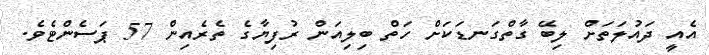
އެއީ ދައުލަތަށް ލިބޭ ގާތްގަނޑަކަށް ހަތް ބިލިއަން ރުފިޔާގެ ތެރެއިން 57 ޕަސެންޓެވެ.